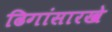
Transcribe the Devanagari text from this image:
ढिगांसारखे